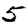
Digit: 5